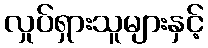
လှုပ်ရှားသူများနှင့်